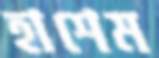
হাশেম